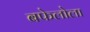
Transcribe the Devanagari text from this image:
बफेलोला